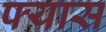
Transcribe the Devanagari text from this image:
फ्यास